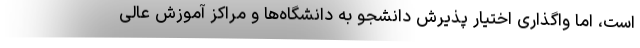
است، اما واگذاری اختیار پذیرش دانشجو به دانشگاه‌ها و مراکز آموزش عالی